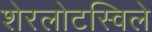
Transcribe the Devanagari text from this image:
शेरलोटस्विले